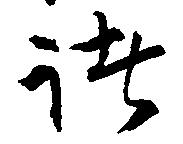
諸